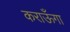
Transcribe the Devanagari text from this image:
कराऊँगा